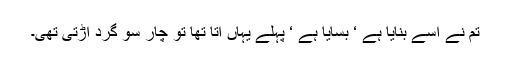
تم نے اسے بنایا ہے ‘ بسایا ہے ‘ پہلے یہاں آتا تھا تو چار سو گرد اڑتی تھی۔